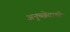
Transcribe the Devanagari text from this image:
अनुच्छेदाची